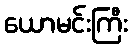
ယောမင်းကြီး